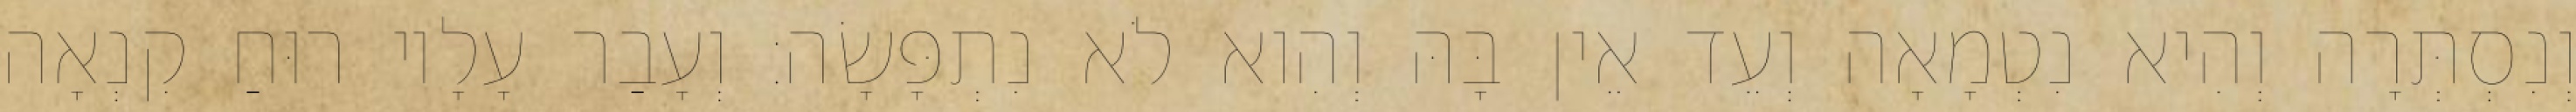
וְנִסְתְּרָה וְהִיא נִטְמָאָה וְעֵד אֵין בָּהּ וְהִוא לֹא נִתְפָּשָׂה׃ וְעָבַר עָלָיו רוּחַ קִנְאָה